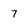
Character: 7